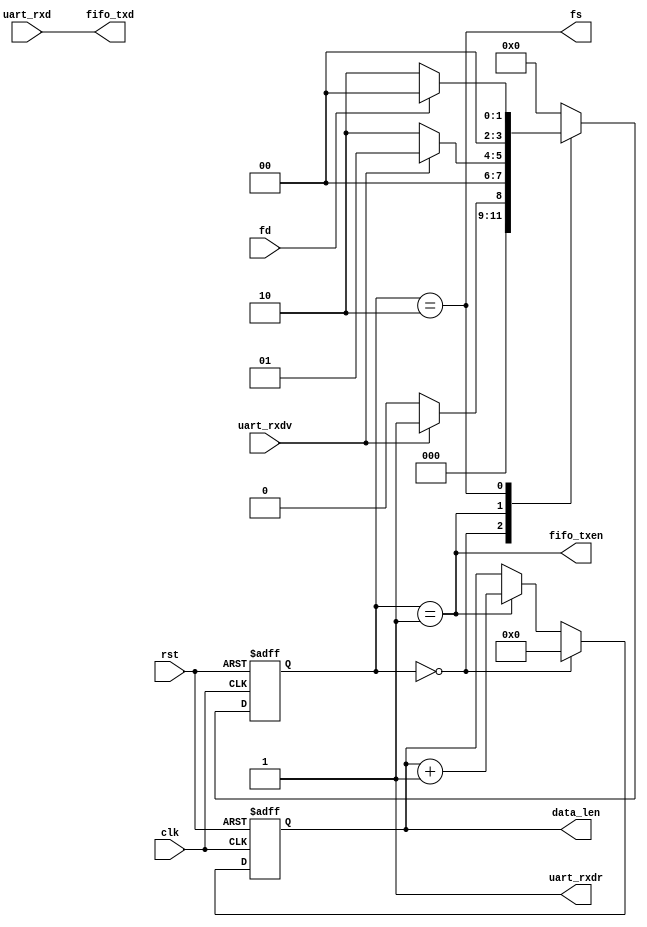
module uart2fifo(
    input clk,
    input rst,

    input uart_rxdv,
    output uart_rxdr,

    input [7:0] uart_rxd,
    output [7:0] fifo_txd,

    output fifo_txen,
    input fd,
    output fs,

    output reg [7:0] data_len
);

    assign uart_rxdr = 1'b1;
    assign fifo_txd = uart_rxd;
    assign fifo_txen = (s == WORK);
    assign fs = (s == LAST);

    reg [3:0] s, ns;
    localparam IDLE = 4'h0, WORK = 4'h1, LAST = 4'h2;

    always @(posedge clk or posedge rst) begin
        if(rst) s <= IDLE;
        else s <= ns;
    end

    always @(*) begin
        case(s)
        IDLE: begin
            if(uart_rxdv) ns <= WORK;
            else ns <= IDLE;
        end
        WORK: begin
            if(uart_rxdv == 1'b0) ns <= LAST;
            else ns <= WORK;
        end
        LAST: begin
            if(fd) ns <= IDLE;
            else ns <= LAST;
        end
        default: ns <= IDLE;
        endcase
    end

    always @(posedge clk or posedge rst) begin
        if(rst) data_len <= 8'h0;
        else if(s == IDLE) data_len <= 8'h0;
        else if(s == WORK) begin
            data_len <= data_len + 1'b1;
        end
        else data_len <= data_len;
    end

endmodule